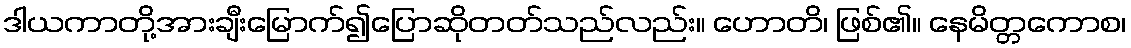
ဒါယကာတို့အားချီးမြောက်၍ပြောဆိုတတ်သည်လည်း။ ဟောတိ၊ ဖြစ်၏။ နေမိတ္တကောစ၊